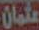
عثمان